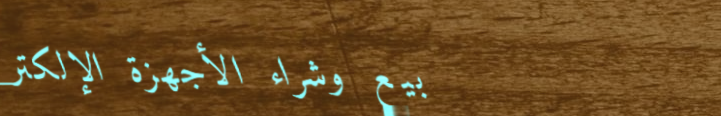
بيع وشراء الأجهزة الإلكتر